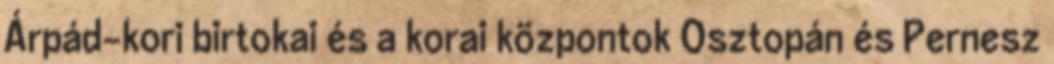
Árpád-kori birtokai és a korai központok Osztopán és Pernesz